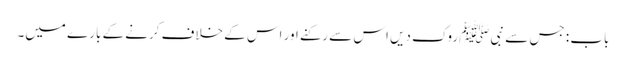
باب : جس سے نبیﷺ روک دیں اس سے رکنے اور اس کے خلاف کرنے کے بارے میں۔